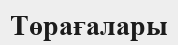
Төрағалары